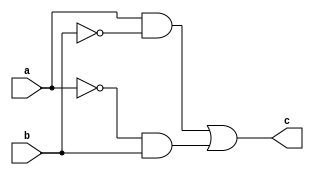
module xor_1(a,b,c);
  input a,b;
  output c;
  
  wire temp1,temp2;
  
  and #4 u0(temp1,a,~b);
  and #4 u1(temp2,~a,b);
  or #3 u2(c,temp1,temp2);
  
endmodule